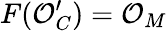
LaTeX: F({\mathcal{O}}_{C}^{\prime})={\mathcal{O}}_{M}